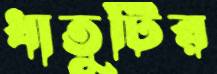
ধাতুটির